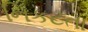
નિકટતા